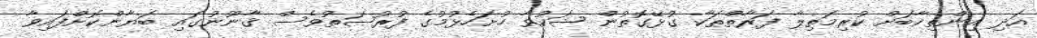
އަދި އިންތިޚާބަށް ކުރިމަތިލާ ފަރާތްތަކާ ގުޅޭގޮތުން ޝަކުވާ ހުށަހެޅުމުގެ ފުރުޞަތުވެސް ޤާނޫނުގައި ބަޔާންކޮށްފައިވާ